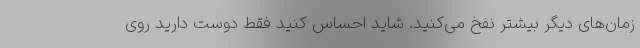
زمان‌های دیگر بیشتر نفخ می‌کنید. شاید احساس کنید فقط دوست دارید روی